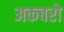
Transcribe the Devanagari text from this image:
अकबरो